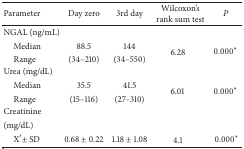
<table><thead><tr><td><b>Parameter</b></td><td><b>Day zero</b></td><td><b>3rd day</b></td><td><b>Wilcoxon&#x27;s rank sum test</b></td><td><b><i>P</i></b></td></tr></thead><tbody><tr><td>NGAL (ng/mL)</td><td> </td><td> </td><td> </td><td> </td></tr><tr><td> Median</td><td>88.5</td><td>144</td><td rowspan="2">6.28</td><td rowspan="2">0.000*</td></tr><tr><td> Range</td><td>(34–210)</td><td>(34–550)</td></tr><tr><td>Urea (mg/dL)</td><td> </td><td> </td><td> </td><td> </td></tr><tr><td> Median</td><td>35.5</td><td>41.5</td><td rowspan="2">6.01</td><td rowspan="2">0.000*</td></tr><tr><td> Range</td><td>(15–116)</td><td>(27–310)</td></tr><tr><td>Creatinine </td><td> </td><td> </td><td> </td><td> </td></tr><tr><td>(mg/dL)</td><td> </td><td> </td><td> </td><td> </td></tr><tr><td> X′ ± SD</td><td>0.68 ± 0.22</td><td>1.18 ± 1.08</td><td>4.1</td><td>0.000*</td></tr></tbody></table>